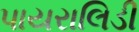
પાયરાલિડી